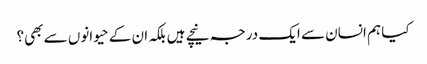
کیا ہم انسان سے ایک درجہ نیچے ہیں بلکہ ان کے حیوانوں سے بھی؟